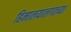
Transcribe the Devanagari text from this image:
हिमालयालगतच्या